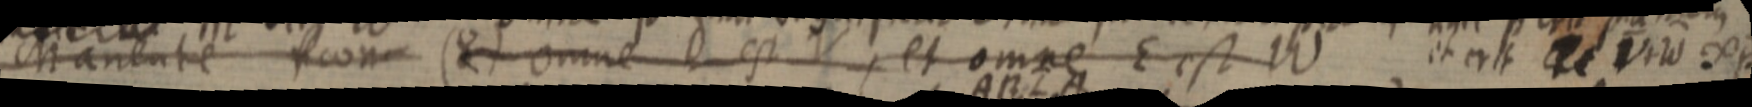
Manente _ con (8) omne est V, et omne E est W et erit _ V + W ∞ p